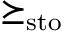
\succeq _ { \mathrm { s t o } }